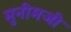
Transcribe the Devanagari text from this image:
मुनीमजी